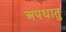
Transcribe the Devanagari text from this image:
अपधातु